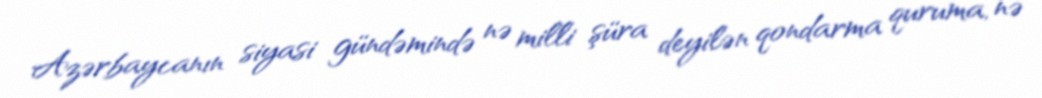
Azərbaycanın siyasi gündəmində nə milli şüra deyilən qondarma quruma, nə